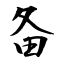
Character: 备